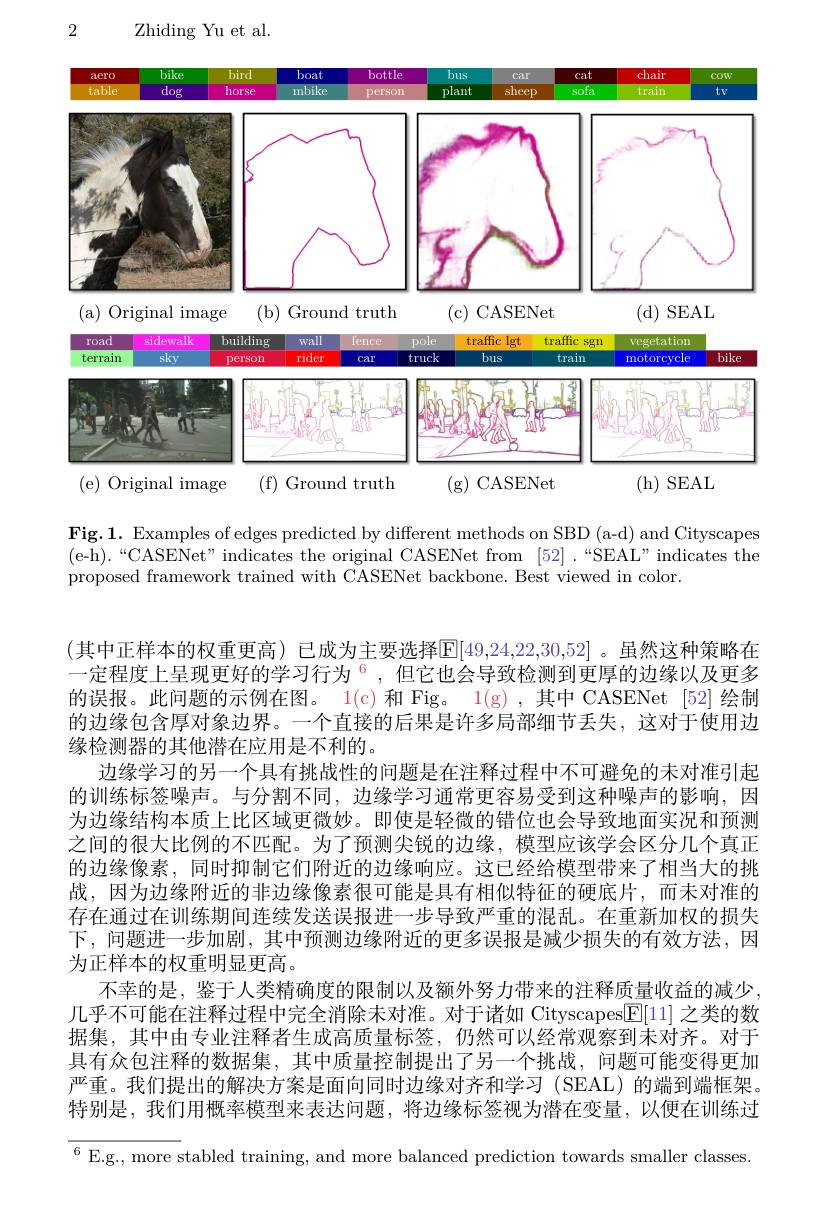
2

${\mathrm{Zhiding~Yu~et~al.}}$

<FigureHere>

Fig.1. Examples of edges predicted by different methods on SBD (a-d) and Cityscapes $(\bar{\mathrm{e-h}}).“\bar{\mathrm{CASENet"~indicates~the~original~CASENet~from~[52]~.~“SEAL"~indicates~the}}$ proposed framework trained with CASENet backbone. Best viewed in color.

(其中正样本的权重更高)已成为主要选择$\overline{\mathrm{E}}|49,24,22,30,52|$。虽然这种策略在一定程度上呈现更好的学习行为$^{6}$,但它也会导致检测到更厚的边缘以及更多的误报。此问题的示例在图。1(c)和 Fig。1(g),其中 CASENet [52] 绘制的边缘包含厚对象边界。一个直接的后果是许多局部细节丢失，这对于使用边缘检测器的其他潜在应用是不利的。
边缘学习的另一个具有挑战性的问题是在注释过程中不可避免的未对准引起的训练标签噪声。与分割不同，边缘学习通常更容易受到这种噪声的影响，因为边缘结构本质上比区域更微妙。即使是轻微的错位也会导致地面实况和预测之间的很大比例的不匹配。为了预测尖锐的边缘，模型应该学会区分几个真正的边缘像素，同时抑制它们附近的边缘响应。这已经给模型带来了相当大的挑战，因为边缘附近的非边缘像素很可能是具有相似特征的硬底片，而未对准的存在通过在训练期间连续发送误报进一步导致严重的混乱。在重新加权的损失下，问题进一步加剧，其中预测边缘附近的更多误报是减少损失的有效方法，因为正样本的权重明显更高。
不幸的是，鉴于人类精确度的限制以及额外努力带来的注释质量收益的减少几乎不可能在注释过程中完全消除未对准。对于诸如 Cityscapes$\boxed{\mathrm{F}}[11]$之类的数据集，其中由专业注释者生成高质量标签，仍然可以经常观察到末对齐。对于具有众包注释的数据集，其中质量控制提出了另一个挑战，问题可能变得更加严重。我们提出的解决方案是面向同时边缘对齐和学习 (SEAL) 的端到端框架。特别是，我们用概率模型来表达问题，将边缘标签视为潜在变量，以便在训练过$^{6}$E.g., more stabled training, and more balanced prediction towards smaller classes.